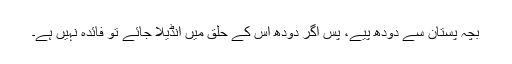
بچہ پستان سے دودھ پیے، پس اگر دودھ اس کے حلق میں انڈیلا جائے تو فائدہ نہیں ہے۔